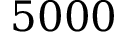
5 0 0 0